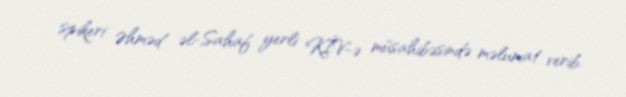
spikeri Əhməd əl-Sahaf yerli KİV-ə müsahibəsində məlumat verib.